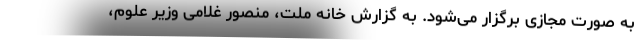
به صورت مجازی برگزار می‌شود. به گزارش خانه ملت، منصور غلامی وزیر علوم،